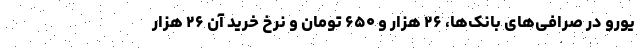
یورو در صرافی‌های بانک‌ها، ۲۶ هزار و ۶۵۰ تومان و نرخ خرید آن ۲۶ هزار